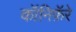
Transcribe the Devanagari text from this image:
कॉनिफ़ॅरे